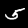
Digit: 5